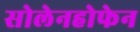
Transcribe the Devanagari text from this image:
सोलेनहोफेन